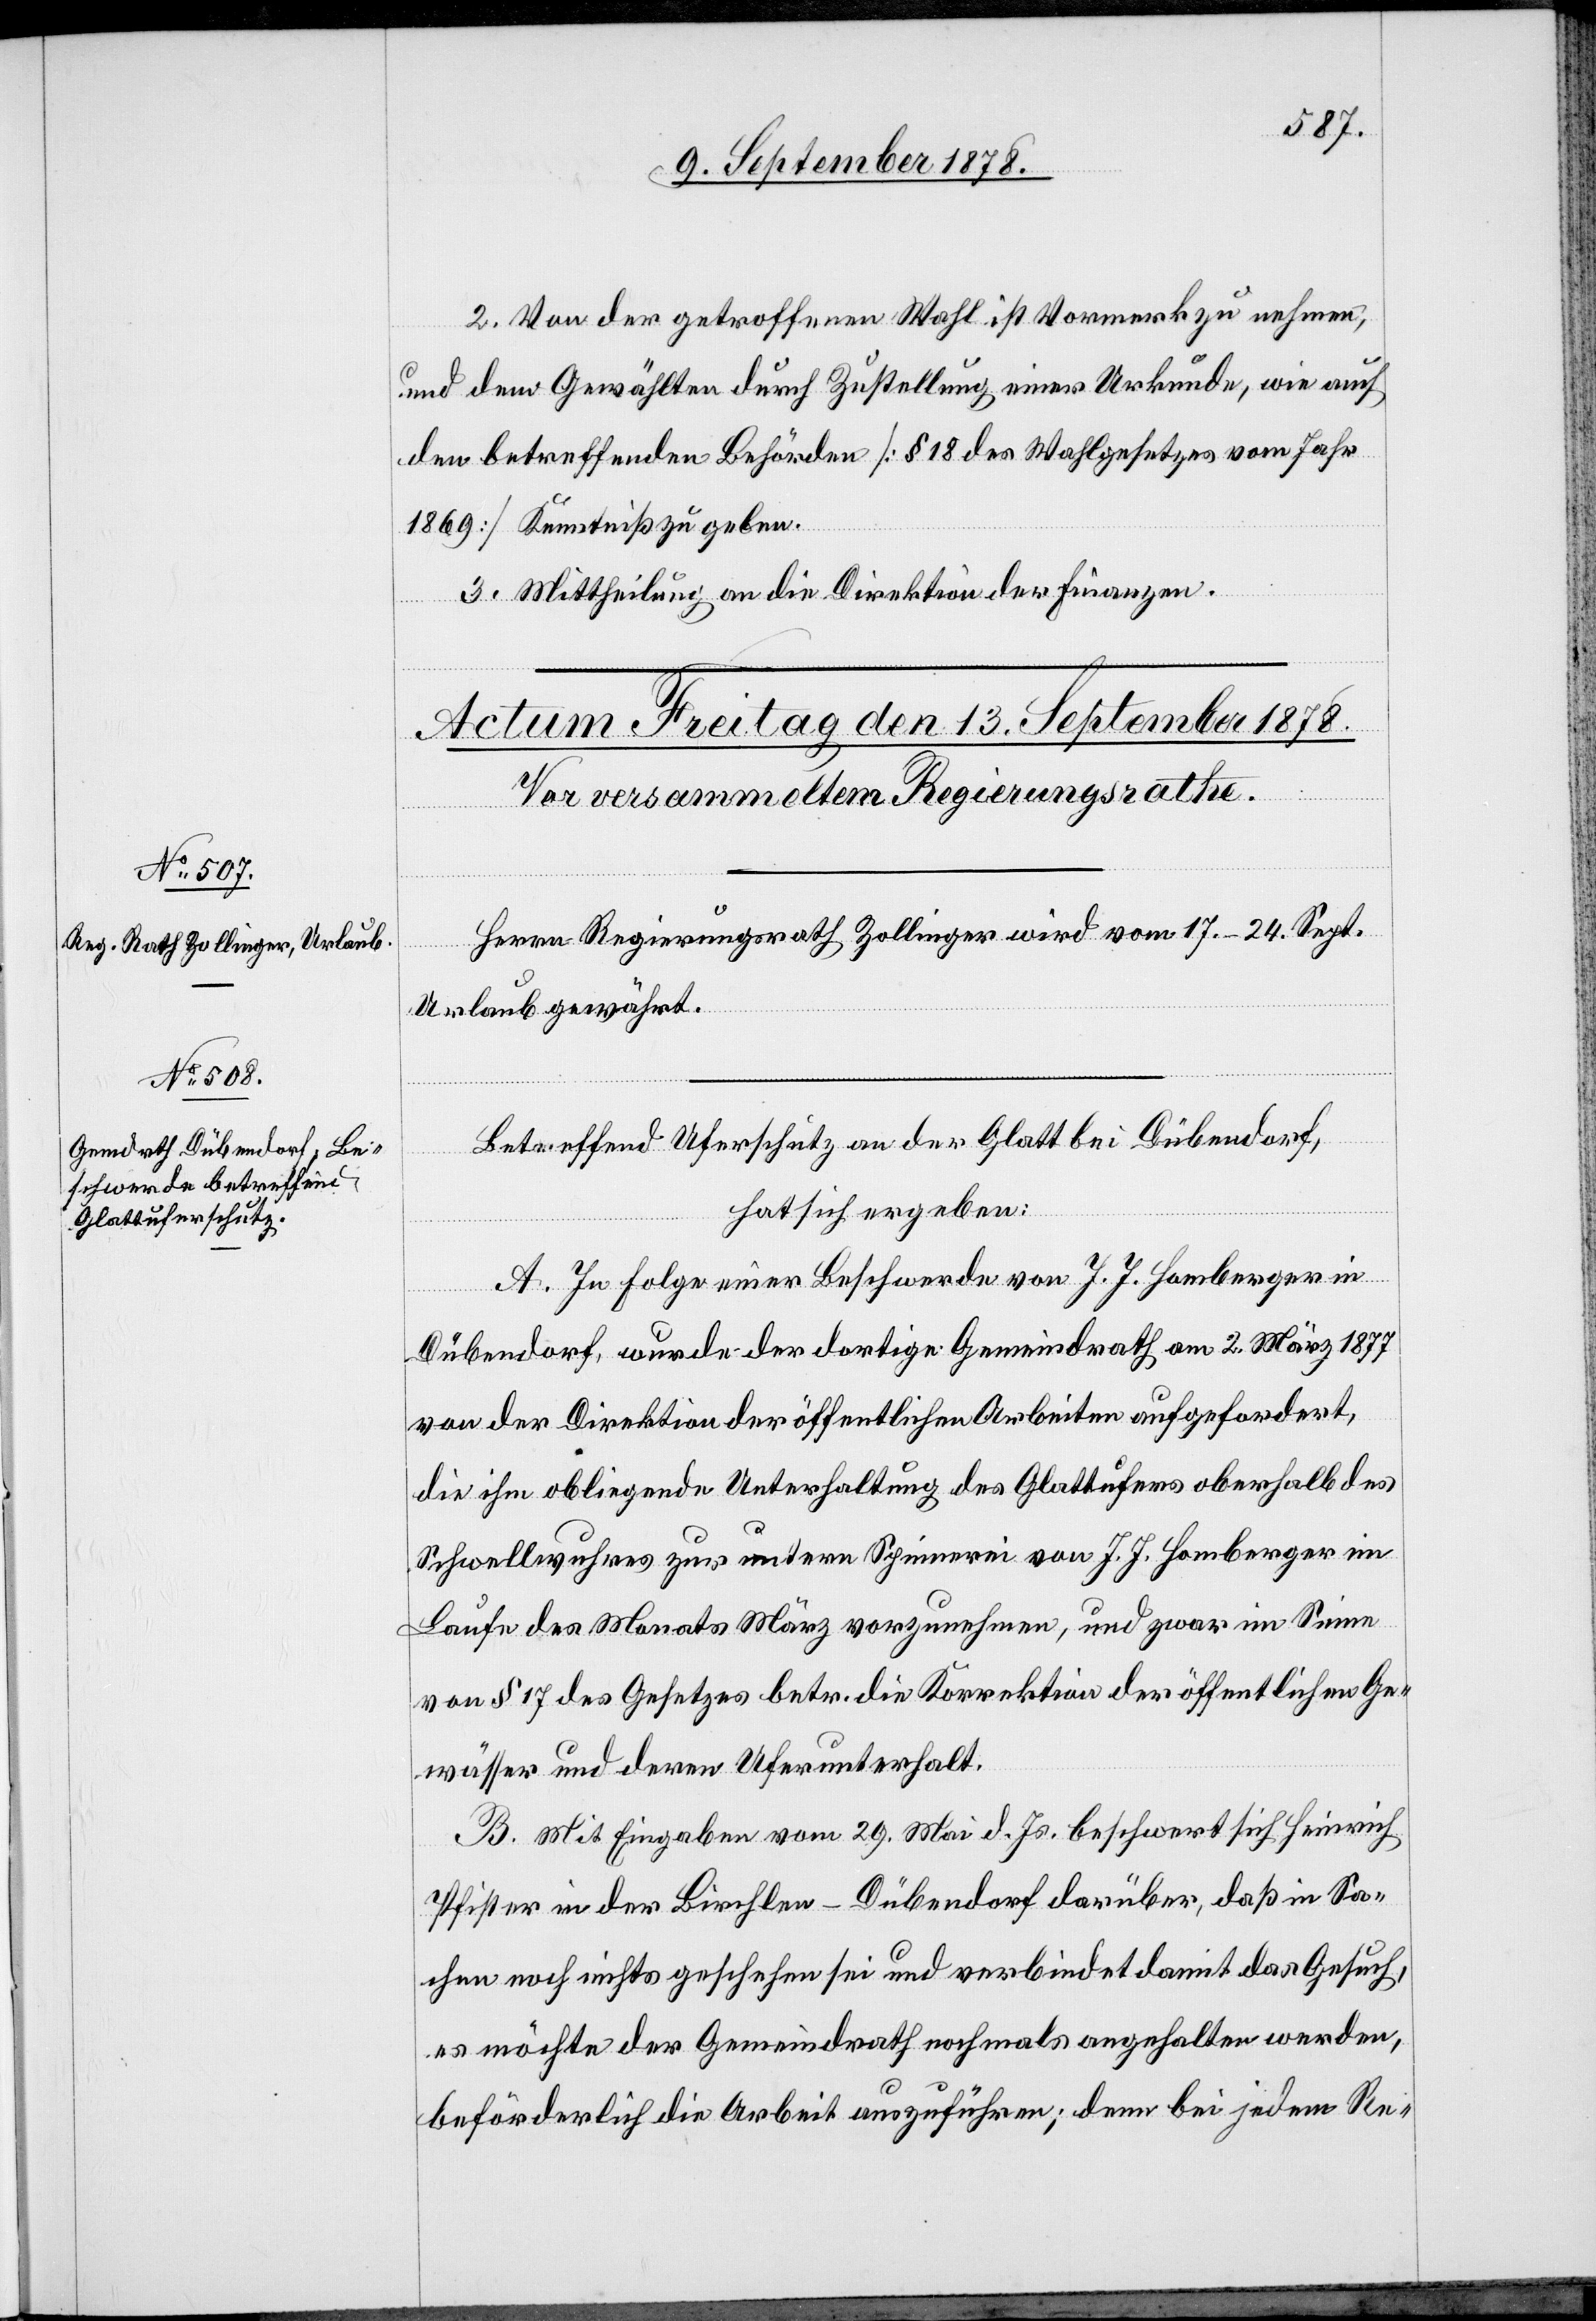
2. Von der getroffenen Wahl ist Vormerk zu nehmen,
und dem Gewählten durch Zustellung einer Urkunde, wie auch
den betreffenden Behörden [§ 18 des Wahlgesetzes vom Jahr
1869] Kenntniß zu geben.
3. Mittheilung an die Direktion der Finanzen.
Herr Regierungsrath Zollinger wird vom 17.–24. Sept.
Urlaub gewährt.
Betreffend Uferschutz an der Glatt bei Dübendorf,
hat sich ergeben:
A. In Folge einer Beschwerde von J. J. Homberger in
Dübendorf, wurde der dortige Gemeindrath am 2. März 1877
von der Direktion der öffentlichen Arbeiten aufgefordert,
die ihm obliegende Unterhaltung des Glattufers oberhalb des
Schwellwuhres zur untern Spinnerei von J. J. Homberger im
Laufe des Monats März vorzunehmen, und zwar im Sinne
von § 17 des Gesetzes betr. die Korrektion der öffentlichen Ge¬
wässer und deren Uferunterhalt.
B. Mit Eingaben vom 29. Mai d. Js. beschwert sich Heinrich
Pfister in der Birchler - Dübendorf darüber, daß in Sa¬
chen noch nichts geschehen sei und verbindet damit das Gesuch,
es möchte der Gemeindrath nochmals angehalten werden,
beförderlich die Arbeit auszuführen; denn bei jedem Re-